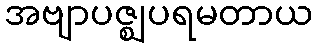
အဗျာပဇ္ဈပရမတာယ